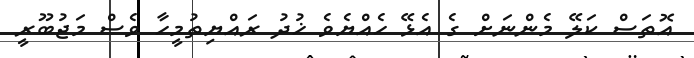
އޮތަސް ކަލޭ މެންނަށް ގެ އެޅޭ ހެއްޔެވެ ޚުދު ރައްޔިތުމީހާ ވެސް މަޖުބޫރީ